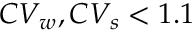
C V _ { w } , C V _ { s } < 1 . 1